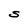
Character: S